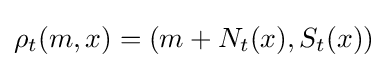
\rho _{t}(m,x)=(m+N_{t}(x),S_{t}(x))